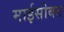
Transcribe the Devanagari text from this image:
माईसोबत